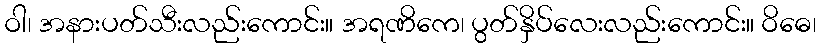
ဝါ၊ အနားပတ်သီးလည်းကောင်း။ အရဏိကေ၊ ပွတ်နှိပ်လေးလည်းကောင်း။ ဝိဓေ၊